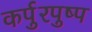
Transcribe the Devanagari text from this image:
कर्पुरपुष्प